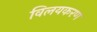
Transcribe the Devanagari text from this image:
विलयकरण